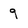
Character: 9